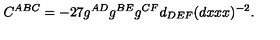
C ^ { A B C } = - 2 7 g ^ { A D } g ^ { B E } g ^ { C F } d _ { D E F } ( d x x x ) ^ { - 2 } .